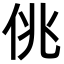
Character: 佻